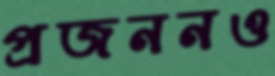
প্রজননও